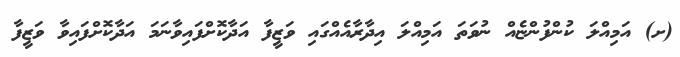
(ށ) އަމިއްލަ ކުންފުންޏެއް ނުވަތަ އަމިއްލަ އިދާރާއެއްގައި ވަޒީފާ އަދާކޮށްފައިވާނަމަ އަދާކޮށްފައިވާ ވަޒީފާ